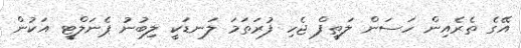
އޭގެ ތެރެއިން ހަސަން ލަތީފް ޖެހި ފުރަތަމަ ލަނޑަކީ ލިބުނު ޕެނަލްޓީ އަކުން